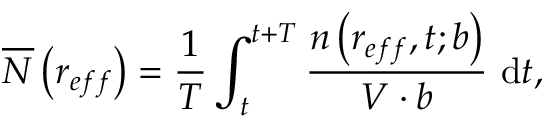
\overline { { N } } \left( r _ { e f f } \right) = \frac { 1 } { T } \int _ { t } ^ { t + T } \frac { n \left( r _ { e f f } , t ; b \right) } { V \cdot b } \mathrm { ~ d } t ,